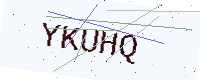
Text: YKUHQ